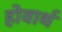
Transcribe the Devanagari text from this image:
होवार्थ